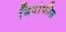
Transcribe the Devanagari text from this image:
थियोफील